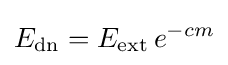
E_{\rm {dn}}=E_{\rm {ext}}\,e^{-cm}